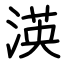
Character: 渶